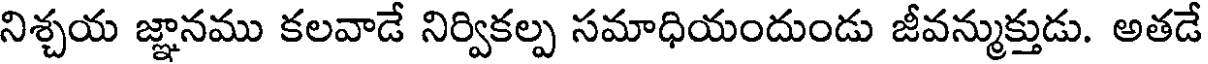
నిశ్చయ జ్ఞానము కలవాడే నిర్వికల్ప సమాధియందుండు జీవన్ముక్తుడు. అతడే